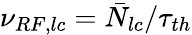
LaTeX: \nu_{RF,lc}=\bar{N}_{lc}/\tau_{th}